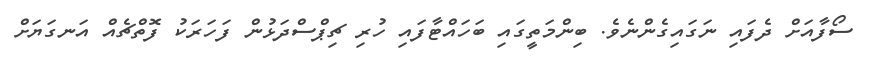
ސޯފާއަށް ދެފައި ނަގައިގެންނެވެ. ބިންމަތީގައި ބަހައްޓާފައި ހުރި ޗިޕްސްދަޅުން ފަހަރަކު ފޮތްޗެއް އަނގަޔަށް